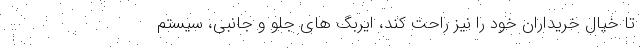
تا خیال خریداران خود را نیز راحت کند، ایربگ های جلو و جانبی، سیستم